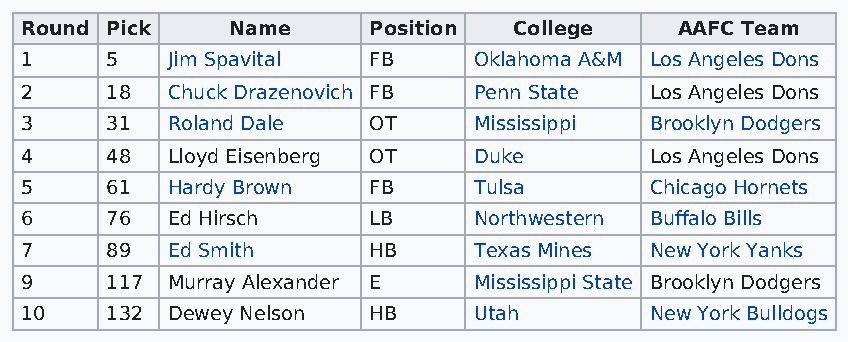
Round Pick    Name     Position  College    AAFC Team
 1     5   Jim Spavital FB     Oklahoma A&M Los Angeles Dons
 2     18  Chuck Drazenovich FB Penn State Los Angeles Dons
 3     31  Roland Dale  OT     Mississippi Brooklyn Dodgers
 4     48  Lloyd Eisenberg OT  Duke        Los Angeles Dons
 5     61  Hardy Brown  FB     Tulsa       Chicago Hornets
 6     76  Ed Hirsch    LB     Northwestern Buffalo Bills
 7     89  Ed Smith     HB     Texas Mines New York Yanks
 9     117 Murray Alexander E  Mississippi State Brooklyn Dodgers
 10    132 Dewey Nelson HB     Utah        New York Bulldogs